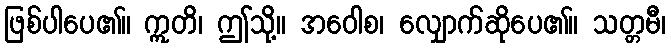
ဖြစ်ပါပေ၏။ ဣတိ၊ ဤသို့။ အဝေါစ၊ လျှောက်ဆိုပေ၏။ သတ္တမီ၊